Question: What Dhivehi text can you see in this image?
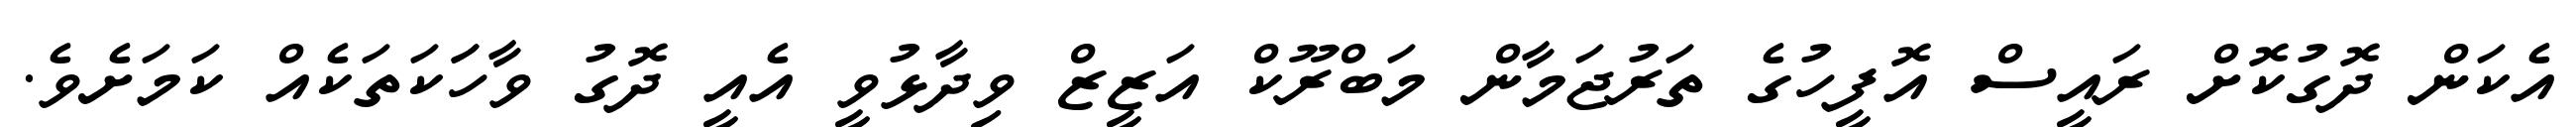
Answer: އެކަން ދޮގުކޮށް ރައީސް އޮފީހުގެ ތަރުޖަމާން މަބްރޫކް އަޒީޒް ވިދާޅުވީ އެއީ ދޮގު ވާހަަކަތަކެއް ކަމަށެވެ.